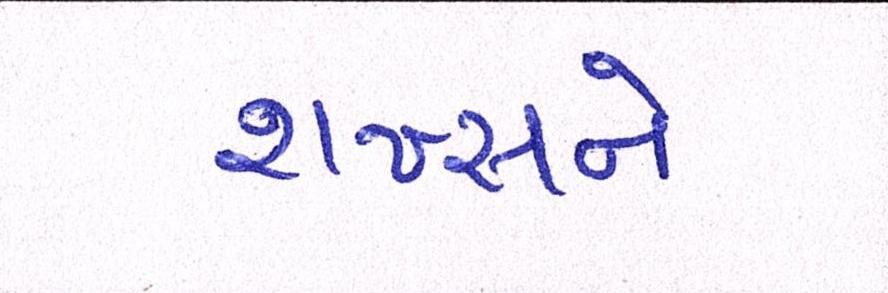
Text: શખ્સને